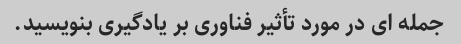
جمله ای در مورد تأثیر فناوری بر یادگیری بنویسید.